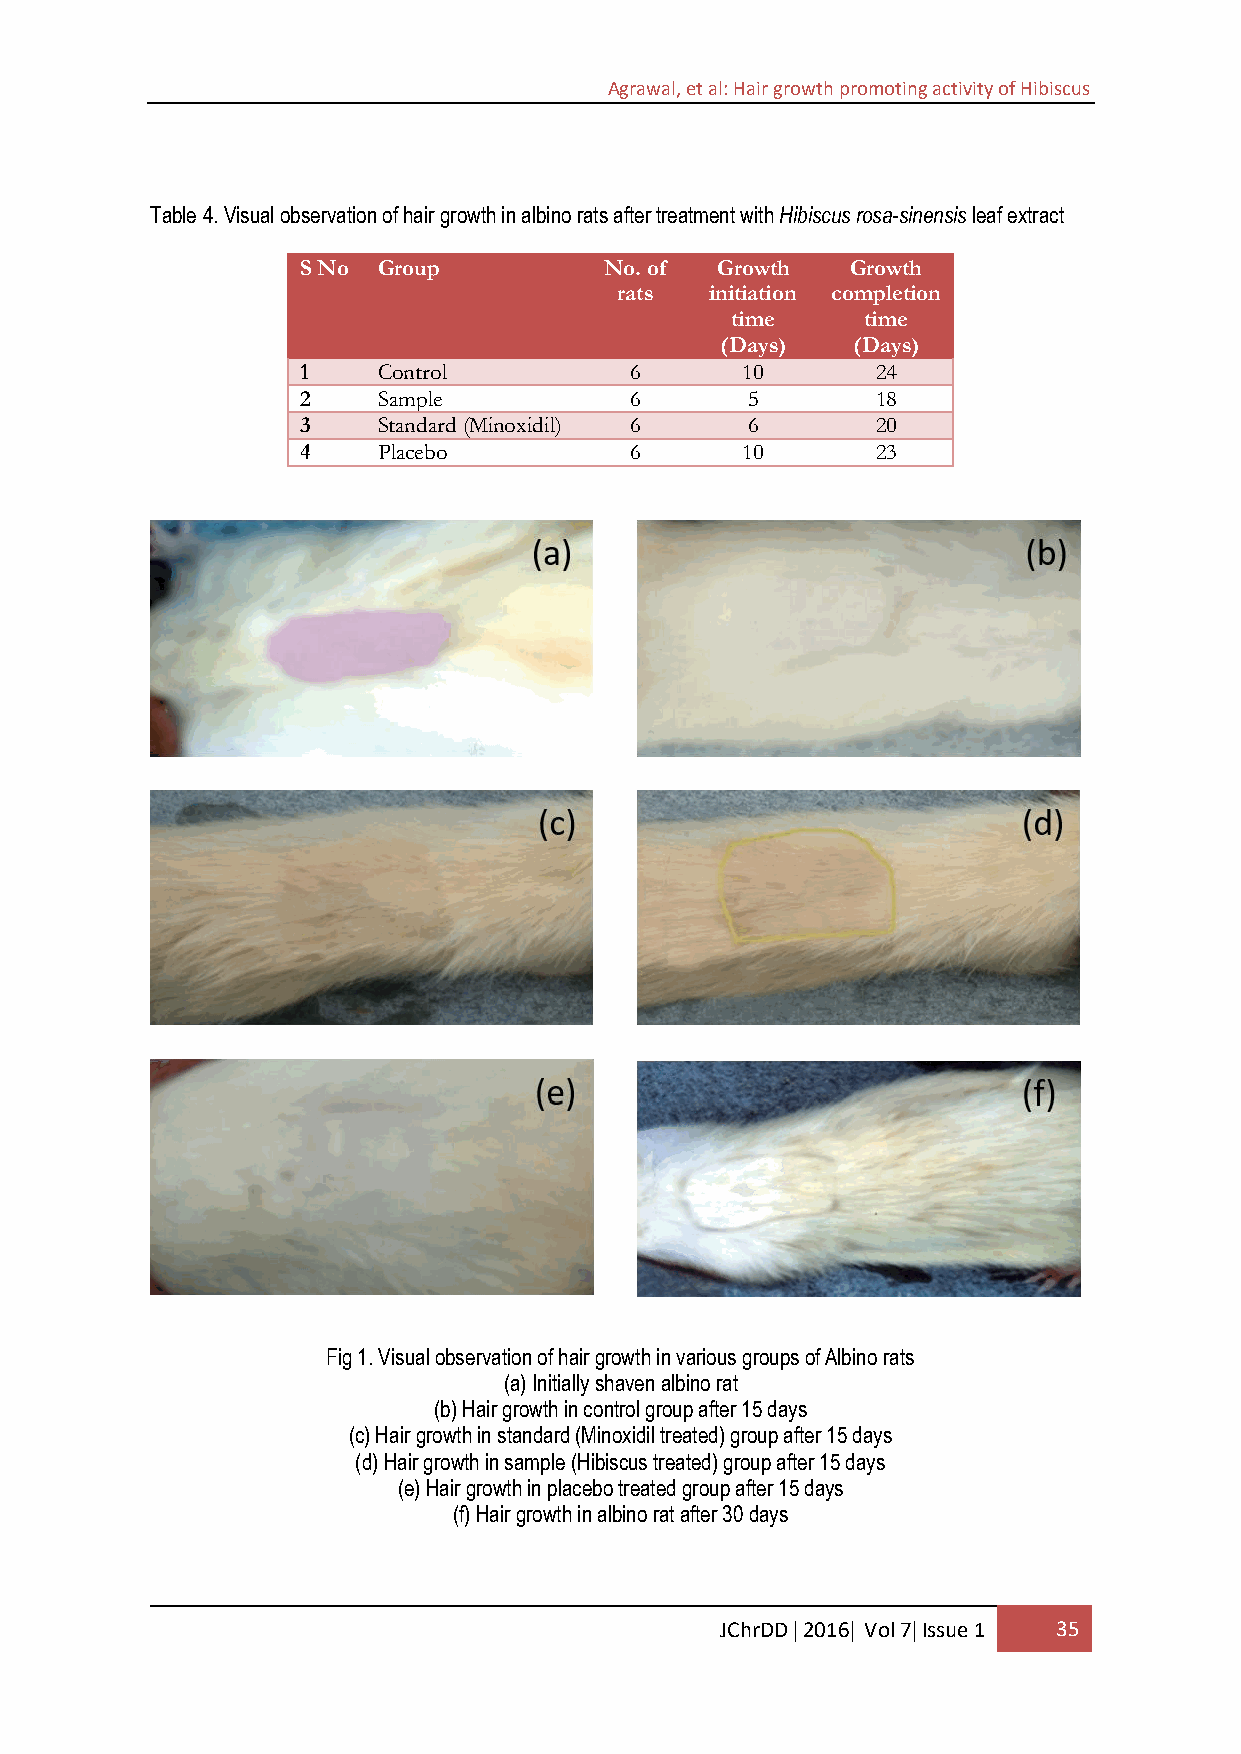
Agrawal, et al: Hair growth promoting activity of Hibiscus
 Table 4. Visual observation of hair growth in albino rats after treatment with Hibiscus rosa-sinensis leaf extract
 S No Group          No. of Growth   Growth
 rats  initiation completion
 time     time
 (Days)  (Days)
 1    Control          6      10       24
 2    Sample           6      5        18
 3    Standard (Minoxidil) 6  6        20
 4    Placebo          6      10       23
 Fig 1. Visual observation of hair growth in various groups of Albino rats
 (a) Initially shaven albino rat
 (b) Hair growth in control group after 15 days
 (c) Hair growth in standard (Minoxidil treated) group after 15 days
 (d) Hair growth in sample (Hibiscus treated) group after 15 days
 (e) Hair growth in placebo treated group after 15 days
 (f) Hair growth in albino rat after 30 days
 JChrDD  2016 Vol 7 Issue 1 35